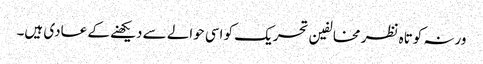
ورنہ کوتاہ نظر مخالفین تحریک کو اسی حوالے سے دیکھنے کے عادی ہیں۔